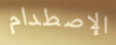
الإصطدام